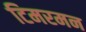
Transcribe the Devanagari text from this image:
टिमरमन